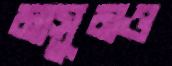
মাসুমও